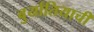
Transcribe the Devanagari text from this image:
बुर्यातियाची